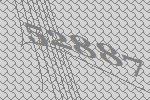
52887